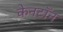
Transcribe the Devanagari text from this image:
केनटॉन